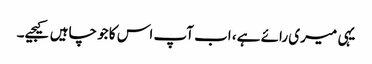
یہی میری رائے ہے، اب آپ اس کا جو چاہیں کیجیے۔